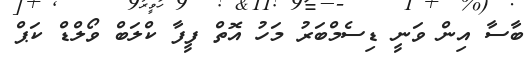
ބާސާ އިން ވަނީ ޑިސެމްބަރު މަހު އޮތް ފީފާ ކްލަބް ވޯލްޑް ކަޕް